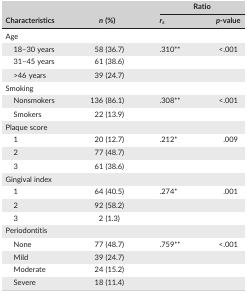
<table><thead><tr><td rowspan="2"><b>Characteristics</b></td><td rowspan="2"><b><i>n</i> (%)</b></td><td colspan="2"><b>Ratio</b></td></tr><tr><td><b><i>r</i><sub><i>s</i></sub></b></td><td><b><i>p</i>‐value</b></td></tr></thead><tbody><tr><td colspan="4">Age</td></tr><tr><td>18–30 years</td><td>58 (36.7)</td><td>.310**</td><td>&lt;.001</td></tr><tr><td>31–45 years</td><td>61 (38.6)</td><td></td><td></td></tr><tr><td>&gt;46 years</td><td>39 (24.7)</td><td></td><td></td></tr><tr><td colspan="4">Smoking</td></tr><tr><td>Nonsmokers</td><td>136 (86.1)</td><td>.308**</td><td>&lt;.001</td></tr><tr><td>Smokers</td><td>22 (13.9)</td><td></td><td></td></tr><tr><td colspan="4">Plaque score</td></tr><tr><td>1</td><td>20 (12.7)</td><td>.212*</td><td>.009</td></tr><tr><td>2</td><td>77 (48.7)</td><td></td><td></td></tr><tr><td>3</td><td>61 (38.6)</td></tr><tr><td colspan="4">Gingival index</td></tr><tr><td>1</td><td>64 (40.5)</td><td>.274*</td><td>.001</td></tr><tr><td>2</td><td>92 (58.2)</td><td></td><td></td></tr><tr><td>3</td><td>2 (1.3)</td></tr><tr><td colspan="4">Periodontitis</td></tr><tr><td>None</td><td>77 (48.7)</td><td>.759**</td><td>&lt;.001</td></tr><tr><td>Mild</td><td>39 (24.7)</td><td></td><td></td></tr><tr><td>Moderate</td><td>24 (15.2)</td><td></td><td></td></tr><tr><td>Severe</td><td>18 (11.4)</td><td></td><td></td></tr></tbody></table>